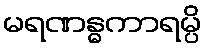
မရဏန္ဓကာရမ္ပိ